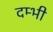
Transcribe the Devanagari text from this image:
दम्भी